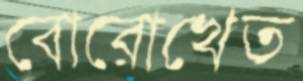
বোরোখেত